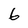
Character: 6